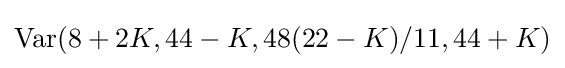
\operatorname {Var} (8+2K,44-K,48(22-K)/11,44+K)